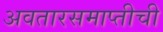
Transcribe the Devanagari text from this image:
अवतारसमाप्तीची